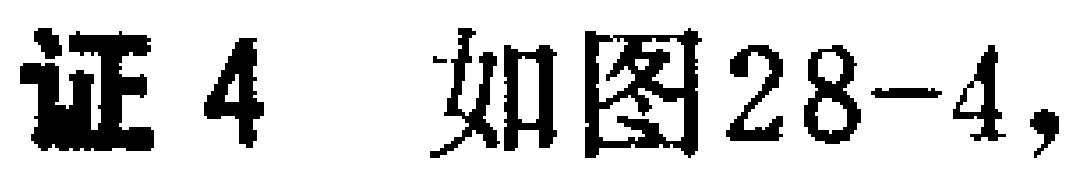
证4 如图28-4,